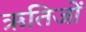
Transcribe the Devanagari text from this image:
ऋतिजों